Vaccination in Burma 1920-1933 - 1920-1933
Year: 1920
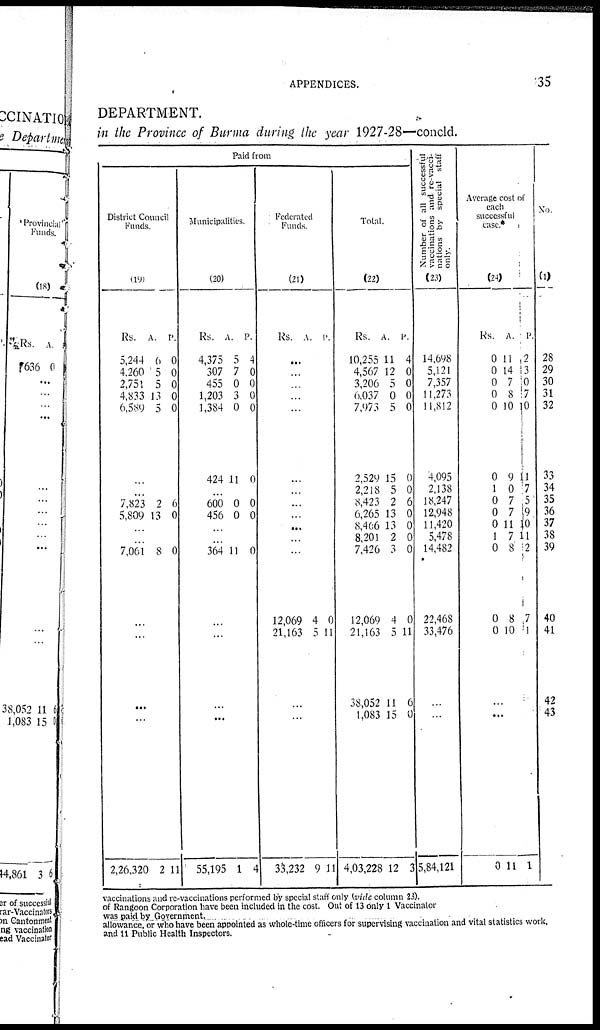
APPENDICES.
35
DEPARTMENT.
in the Province of Burma during the year 1927-28—concld.
Paid from
District Council
Funds.
(19)
Rs.
5,244
4,260
2,751
4,833
6,589
A.
6
5
5
13
5
P.
0
0
0
0
0
...
...
7,823
5,809
2
13
6
0
...
...
7,061 8 0
...
...
...
...
2,26,320 2 11
Municipalities.
(20)
Rs.
4,375
307
455
1,203
1,384
424
A.
5
7
0
3
0
11
P.
4
0
0
0
0
0
...
600
456
0
0 0
0
...
...
364 11 0
...
...
...
...
55,195 1 4
Federated
Funds.
(21)
Rs. A. P.
...
...
...
...
...
...
...
...
...
...
...
...
12,069
21,163
4
5
0
11
...
...
33,232 9 11
Total.
(22)
Rs.
10,255
4,567
3,206
6,037
7,973
2,529
2,218
8,423
6,265
8,466
8,201
7,426
12,069
21,163
38,052
1,083
4,03,228
A.
11
12
5
0
5
15
5
2
13
13
2
3
4
5
11
15
12
P.
4
0
0
0
0
0
0
6
0
0
0
0
0
11
6
0
3
Number of all successful
vaccinations and re-vacci-
nations by special staff
only.
(23)
14,698
5,121
7,357
11,273
11,812
4,095
2,138
18,247
12,948
11,420
5,478
14,482
22,468
33,476
...
...
5,84,121
Average cost of
each
successful
case.*
(24)
Rs.
0
0
0
0
0
0
1
0
0
0
1
0
0
0
A.
11
14
7
8
10
9
0
7
7
11
7
8
8
10
P.
2
3
0
7
10
11
7
5
9
10
11
2
7
1
...
...
0 11 1
No.
(1)
28
29
30
31
32
33
34
35
36
37
38
39
40
41
42
43
vaccinations and re-vaccinations performed by special staff only (vide column 23).
of Rangoon Corporation have been included in the cost. Out of 13 only 1 Vaccinator
was paid by Government.
allowance, or who have been appointed as whole-time officers for supervising vaccination and vital statistics work.
and 11 Public Health Inspectors.